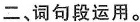
二、词句段运用。